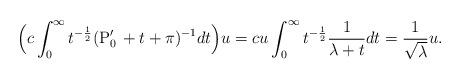
LaTeX: \begin{align*}\Bigr(c\int^\infty_0t^{-\frac{1}{2}}({\rm P'_0\,}+t+\pi)^{-1}dt\Bigr)u = cu\int^\infty_0t^{-\frac{1}{2}}\frac{1}{\lambda+t}dt = \frac{1}{\sqrt{\lambda}}u.\end{align*}